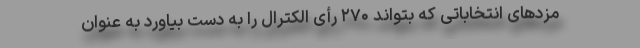
مزدهای انتخاباتی که بتواند ۲۷۰ رأی الکترال را به دست بیاورد به عنوان